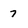
Character: 7